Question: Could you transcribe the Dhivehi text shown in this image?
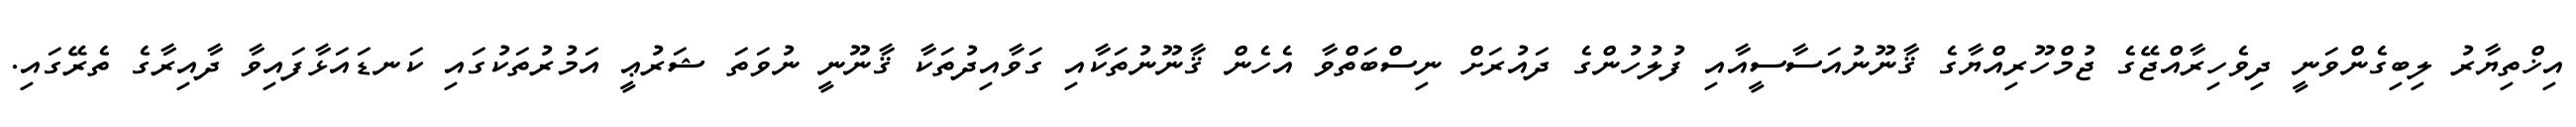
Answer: އިޚްތިޔާރު ލިބިގެންވަނީ ދިވެހިރާއްޖޭގެ ޖުމްހޫރިއްޔާގެ ޤާނޫނުއަސާސީއާއި ފުލުހުންގެ ދައުރަށް ނިސްބަތްވާ އެހެން ޤާނޫނުތަކާއި ގަވާއިދުތަކާ ޤާނޫނީ ނުވަތަ ޝަރުޢީ އަމުރުތަކުގައި ކަނޑައަޅާފައިވާ ދާއިރާގެ ތެރޭގައި.